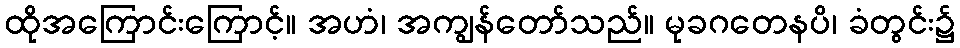
ထိုအကြောင်းကြောင့်။ အဟံ၊ အကျွန်တော်သည်။ မုခဂတေနပိ၊ ခံတွင်း၌